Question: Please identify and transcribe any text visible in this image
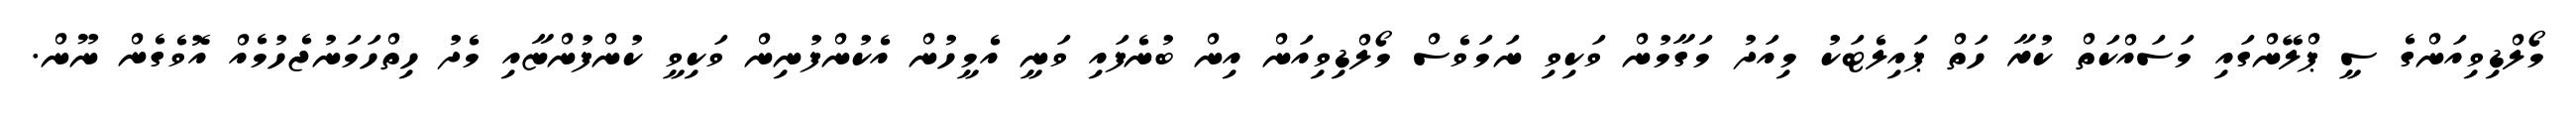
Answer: މޯލްޑިވިއަންގެ ސީ ޕްލޭންގައި މަސައްކަތް ކުރާ ހަތް ޕައިލެޓަކު މިއަދު މަގާމުން ވަކިވި ނަމަވެސް މޯލްޑިވިއަން އިން ބުނެފައި ވަނީ އެމީހުން އެކުންފުނިން ވަކިވީ ކުންފުންޏާއި މެދު ހިތްހަމަނުޖެހުމެއް އޮވެގެން ނޫން.